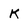
Character: K